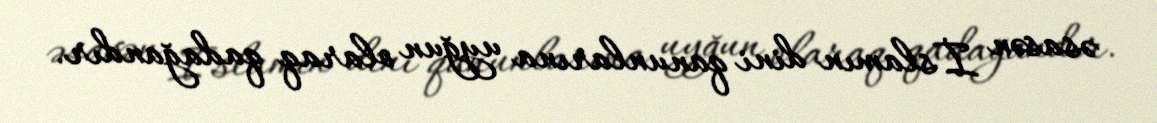
əsasən İslamın dini qanunlarına uyğun olaraq qadağandır.